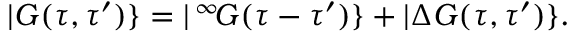
| G ( \tau , \tau ^ { \prime } ) \} = | \, ^ { \infty } \! G ( \tau - \tau ^ { \prime } ) \} + | \Delta G ( \tau , \tau ^ { \prime } ) \} .